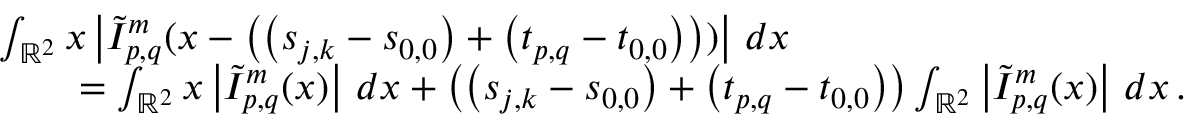
\begin{array} { r l } & { \int _ { \mathbb { R } ^ { 2 } } \boldsymbol { x } \left\vert \tilde { I } _ { p , q } ^ { m } ( \boldsymbol { x } - \left( \left( \boldsymbol { s } _ { j , k } - \boldsymbol { s } _ { 0 , 0 } \right) + \left( \boldsymbol { t } _ { p , q } - \boldsymbol { t } _ { 0 , 0 } \right) \right) ) \right\vert \, d \boldsymbol { x } } \\ & { \qquad = \int _ { \mathbb { R } ^ { 2 } } \boldsymbol { x } \left\vert \tilde { I } _ { p , q } ^ { m } ( \boldsymbol { x } ) \right\vert \, d \boldsymbol { x } + \left( \left( \boldsymbol { s } _ { j , k } - \boldsymbol { s } _ { 0 , 0 } \right) + \left( \boldsymbol { t } _ { p , q } - \boldsymbol { t } _ { 0 , 0 } \right) \right) \int _ { \mathbb { R } ^ { 2 } } \left\vert \tilde { I } _ { p , q } ^ { m } ( \boldsymbol { x } ) \right\vert \, d \boldsymbol { x } \, . } \end{array}